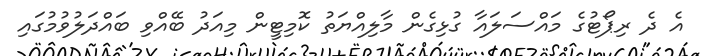
އެ ދެ ރިޕޯޓުގެ މައްްސަލައާ ގުޅިގެން މާލިއްޔަތު ކޮމިޓީން މިއަދު ބޭއްވި ބައްދަލުވުމުގައި